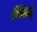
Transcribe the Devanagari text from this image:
स्टिल्